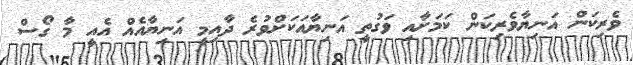
ވެރިކަން އަނިޔާވެރިކަން ކަމަށާއި ވަގުތީ އަނިޔާއަކަށްވުރެ ދާއިމީ އަނިޔާއެއް އެއީ މާ ގޯސް